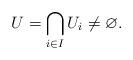
LaTeX: \begin{align*}U = \bigcap_{i\in I}U_i\neq\varnothing.\end{align*}